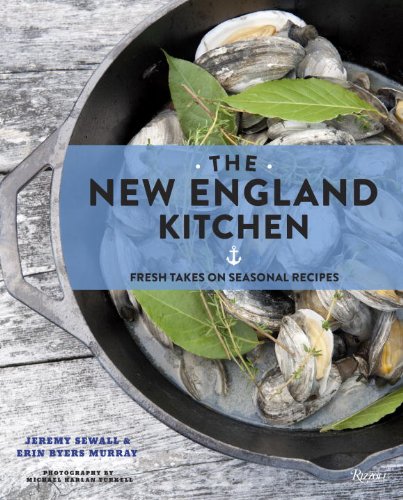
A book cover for The New England Kitchen: Fresh Takes on Seasonal Recipes; Jeremy Sewall; Cookbooks, Food & Wine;